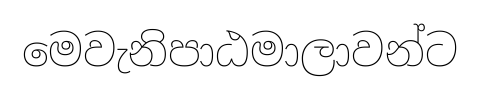
මෙවැනිපාඨමාලාවන්ට